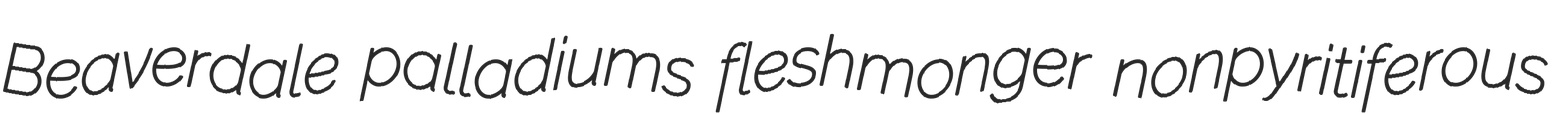
Beaverdale palladiums fleshmonger nonpyritiferous